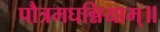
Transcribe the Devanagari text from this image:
पौत्रमघन्नियाम्॥